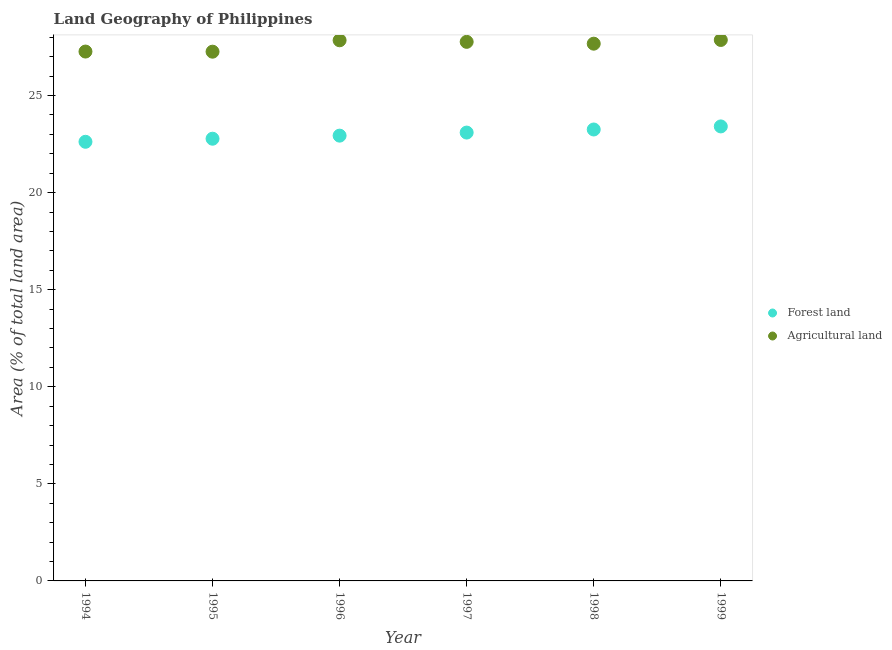
| Year | Forest land | Agricultural land |
 | --- | --- | --- |
 | 1994 | 22.6 | 27.3 |
 | 1995 | 22.8 | 27.3 |
 | 1996 | 22.9 | 27.8 |
 | 1997 | 23.1 | 27.8 |
 | 1998 | 23.3 | 27.7 |
 | 1999 | 23.4 | 27.9 |